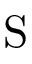
\mathrm { S }